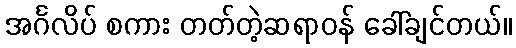
အင်္ဂလိပ် စကား တတ်တဲ့ဆရာဝန် ခေါ်ချင်တယ်။